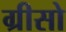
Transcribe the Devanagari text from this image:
ग्रीसो